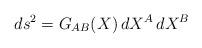
LaTeX: \begin{align*}ds^2 = G_{AB}(X) \, dX^A \, dX^B\end{align*}